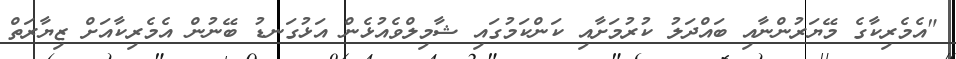
"އެމެރިކާގެ މޭޔަރުންނާއި ބައްދަލު ކުރުމަށާއި ކަންކަމުގައި ޝާމިލްވެއުޅެން އަޅުގަނޑު ބޭނުން އެމެރިކާއަށް ޒިޔާރަތް